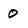
Character: 0